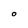
Character: o